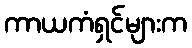
ကာယကံရှင်များက